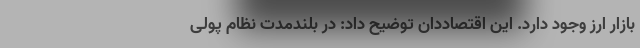
بازار ارز وجود دارد. این اقتصاددان توضیح داد: در بلندمدت نظام پولی